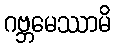
ဂဗ္ဘမေဿာမိ